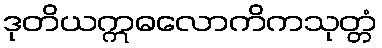
ဒုတိယဣဓလောကိကသုတ္တံ